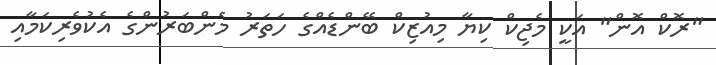
"ރޮކް އޮން" އަކީ މެޖިކް ކިޔާ މިއުޒިކް ބޭންޑެއްްގެ ހަތަރު މެންބަރުންގެ އެކުވެރިކަމާއި